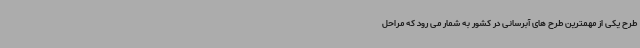
طرح یکی از مهمترین طرح های آبرسانی در کشور به شمار می رود که مراحل